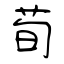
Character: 荀